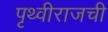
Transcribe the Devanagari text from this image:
पृथ्वीराजची